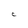
Character: C